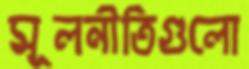
মূলনীতিগুলো